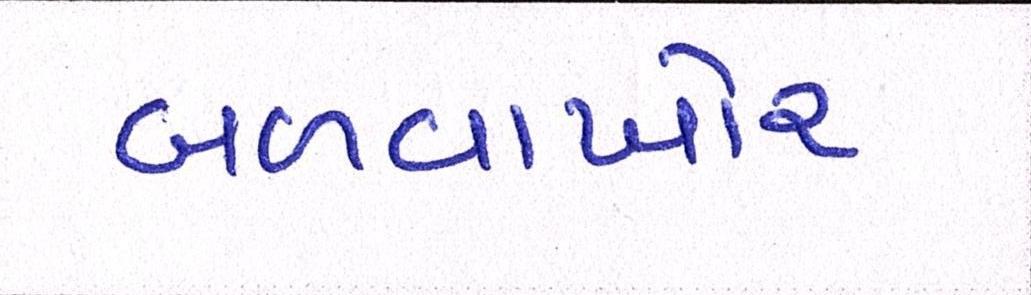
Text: બળવાખોર